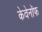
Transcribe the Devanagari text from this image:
केवेनॉफ